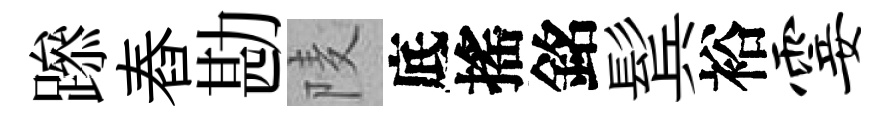
𨅶舂勘𨹧底搖銘鬂裕霎